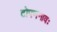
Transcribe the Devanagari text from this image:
टोपणनावः